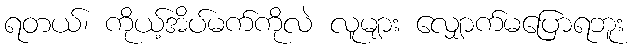
ရတယ်၊ ကိုယ့်အိပ်မက်ကိုလဲ လူများ လျှောက်မပြောရဘူး